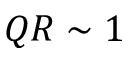
Q R \sim 1